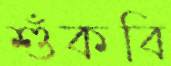
শুঁকবি